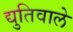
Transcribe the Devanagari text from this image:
द्युतिवाले